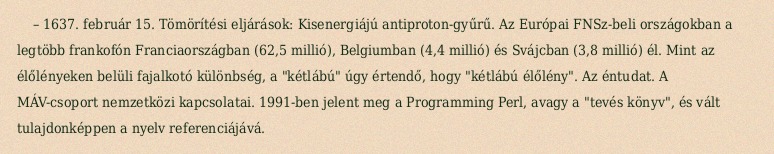
– 1637. február 15. Tömörítési eljárások: Kisenergiájú antiproton-gyűrű. Az Európai FNSz-beli országokban a legtöbb frankofón Franciaországban (62,5 millió), Belgiumban (4,4 millió) és Svájcban (3,8 millió) él. Mint az élőlényeken belüli fajalkotó különbség, a "kétlábú" úgy értendő, hogy "kétlábú élőlény". Az éntudat. A MÁV-csoport nemzetközi kapcsolatai. 1991-ben jelent meg a Programming Perl, avagy a "tevés könyv", és vált tulajdonképpen a nyelv referenciájává.